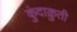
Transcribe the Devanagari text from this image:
कुंदाक्रुती